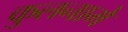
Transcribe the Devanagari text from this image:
कुलनामे